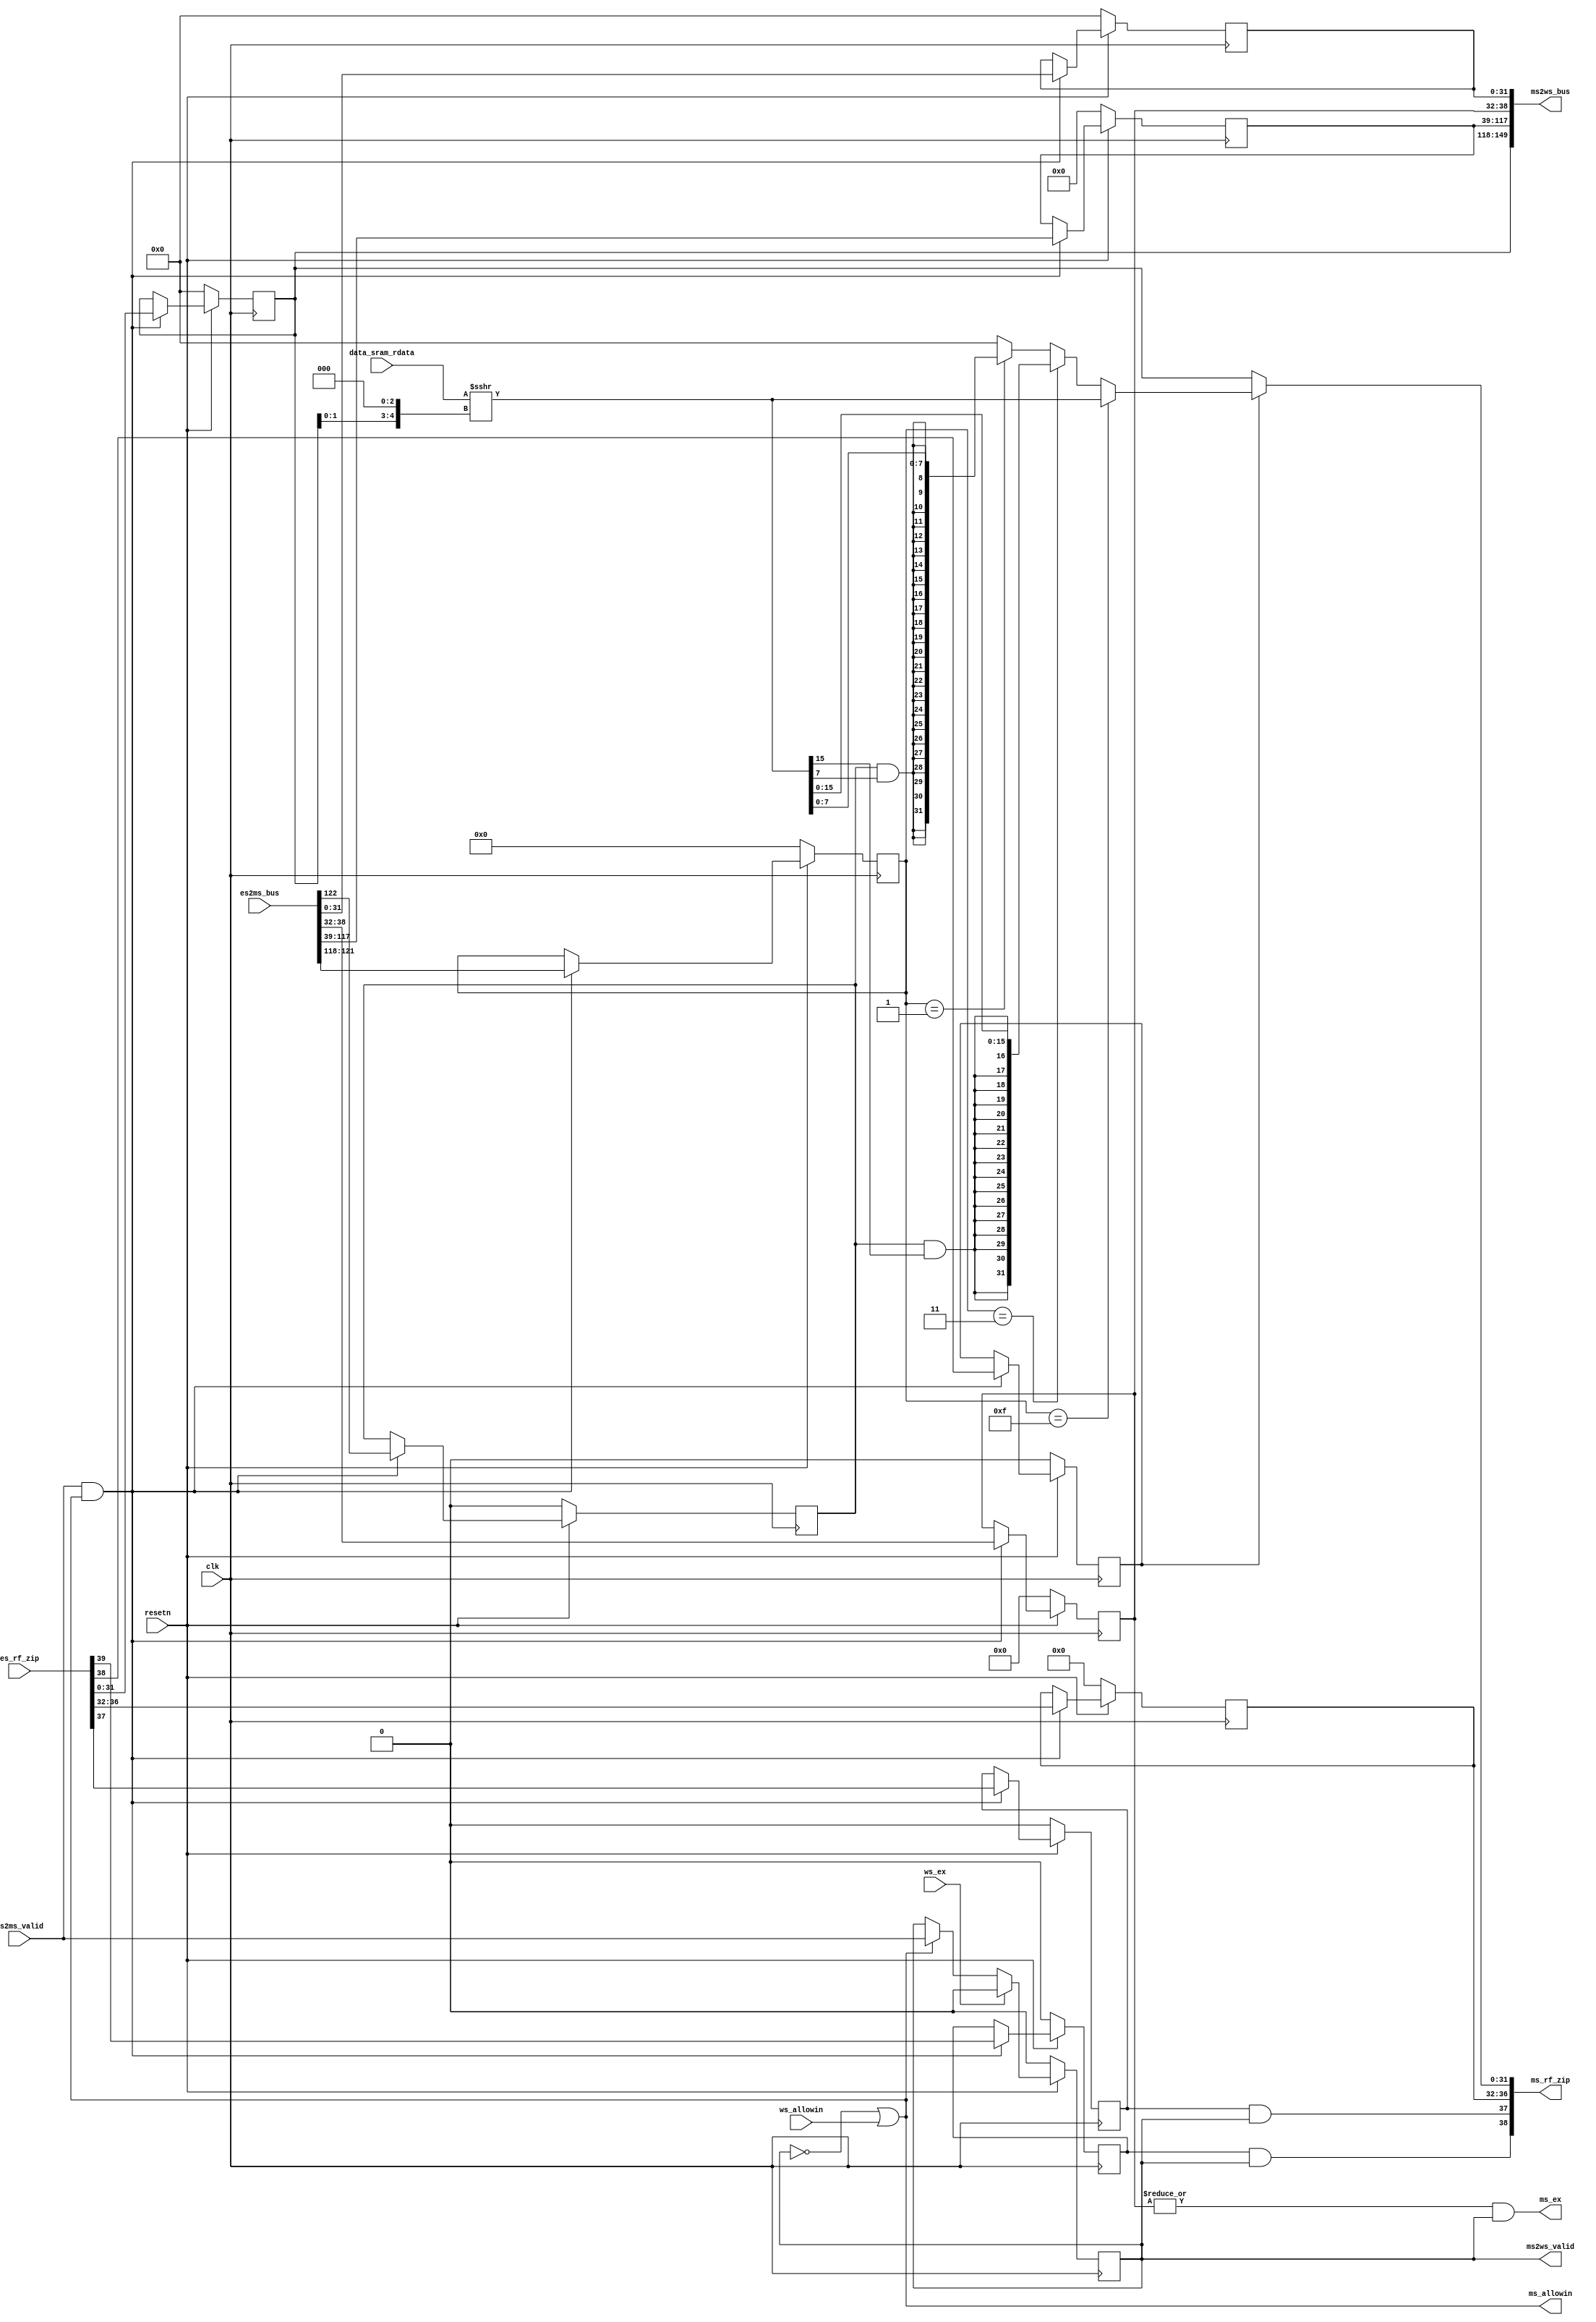
module MEMreg(
    input  wire        clk,
    input  wire        resetn,
    // es and ms state interface
    output wire         ms_allowin,
    input  wire         es2ms_valid,
    input  wire [122:0] es2ms_bus,
    input  wire [ 39:0] es_rf_zip,
    // ms and ws state interface
    output wire         ms2ws_valid,
    output wire [149:0] ms2ws_bus,
    output wire [ 38:0] ms_rf_zip,   // {csr_re. ms_rf_we, ms_rf_waddr, ms_rf_wdata}
    input  wire         ws_allowin,
    // data sram interface
    input  wire [ 31:0] data_sram_rdata,
    // exception interface
    output wire         ms_ex,
    input  wire         ws_ex
);
wire        ms_ready_go;
reg         ms_valid;

reg         ms_csr_re     ;
reg         ms_res_from_mem;
reg         ms_rf_we      ;
reg  [4 :0] ms_rf_waddr   ;
reg  [31:0] ms_rf_result_tmp;
reg         ms_mem_re_s   ;
reg  [3 :0] ms_mem_re     ;
reg  [78:0] ms_csr_zip    ;
reg  [ 6:0] ms_except_zip ;
reg  [31:0] ms_pc         ;


wire [31:0] ms_rf_wdata   ;
wire [31:0] ms_mem_result ;

wire [32:0] shift_sram_rdata;

//------------------------------state control signal---------------------------------------
assign ms_ex        = (|ms_except_zip) & ms_valid;
assign ms_ready_go  = 1'b1;
assign ms_allowin   = ~ms_valid | ms_ready_go & ws_allowin;     
assign ms2ws_valid  = ms_valid & ms_ready_go;
always @(posedge clk) begin
    if(~resetn)
        ms_valid <= 1'b0;
    else if (ws_ex) begin
        ms_valid <= 1'b0;
    end
    else if (ms_allowin)
        ms_valid <= es2ms_valid; 
end

//------------------------------es and ms state interface---------------------------------------
always @(posedge clk) begin
    if(~resetn) begin
       {ms_csr_re,          //1  bit
        ms_res_from_mem,    //1  bit
        ms_rf_we,           //1  bit
        ms_rf_waddr,        //5  bit
        ms_rf_result_tmp    //32 bit
        } <= 0;
       {ms_mem_re_s,        //1  bit
        ms_mem_re,          //4  bit
        ms_csr_zip,         //79 bit
        ms_except_zip,      //7  bit
        ms_pc               //32 bit
        }<= 0;
    end else if(es2ms_valid & ms_allowin) begin
       {ms_csr_re,          //1  bit
        ms_res_from_mem,    //1  bit
        ms_rf_we,           //1  bit
        ms_rf_waddr,        //5  bit
        ms_rf_result_tmp    //32 bit
        } <= es_rf_zip;
       {ms_mem_re_s,        //1  bit
        ms_mem_re,          //4  bit
        ms_csr_zip,         //79 bit
        ms_except_zip,      //7  bit
        ms_pc               //32 bit
        }<= es2ms_bus;
    end
end


//--------------------------data sram interface--------------------------
assign shift_sram_rdata = data_sram_rdata >>> {ms_rf_result_tmp[1:0], 3'b000}; //  ms_alu_result[1:0]<<3, 2,  2'b0.
assign ms_mem_result = ms_mem_re == 4'hf ? shift_sram_rdata
                     : ms_mem_re == 4'h3 ? {{16{ms_mem_re_s & shift_sram_rdata[15]}}, shift_sram_rdata[15:0]}
                     : ms_mem_re == 4'h1 ? {{24{ms_mem_re_s & shift_sram_rdata[ 7]}}, shift_sram_rdata[ 7:0]}
                     : 32'b0;
                    

//--------------------------ms and ws state--------------------------
assign ms_rf_wdata  = ms_res_from_mem ? ms_mem_result : ms_rf_result_tmp;
assign ms_rf_zip = {ms_csr_re & ms_valid, ms_rf_we & ms_valid, ms_rf_waddr, ms_rf_wdata};
assign ms2ws_bus = {ms_rf_result_tmp,   //32 bit
                    ms_csr_zip,         //79 bit
                    ms_except_zip,      //7  bit
                    ms_pc               //32 bit
                    };


endmodule